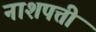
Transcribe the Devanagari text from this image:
नाशपत्ती